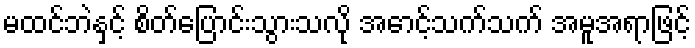
မထင်ဘဲနှင့် စိတ်ပြောင်းသွားသလို အောင့်သက်သက် အမူအရာဖြင့်